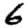
Digit: 6